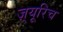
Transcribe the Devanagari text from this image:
ज़्यूरिच